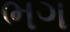
ભગ